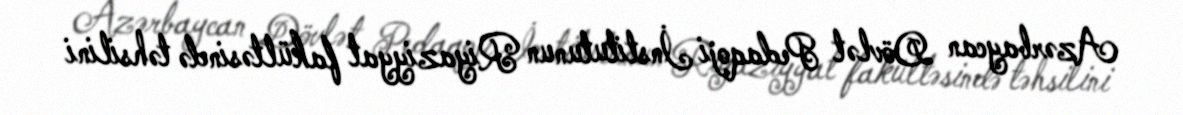
Azərbaycan Dövlət Pedaqoji İnstitutunun Riyaziyyat fakültəsində təhsilini